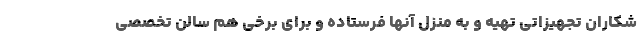
شکاران تجهیزاتی تهیه و به منزل آنها فرستاده و برای برخی هم سالن تخصصی